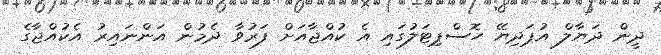
ދީން ދަޔާލްް އުޕަދިޔޭ ހޮސްޕިޓަލުގައި އެ ކުއްޖާއަށް ފަރުވާ ދެމުން އަންނައިރު އެކުއްޖާގެ